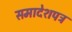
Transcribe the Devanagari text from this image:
समादेशपत्र